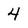
Character: 4